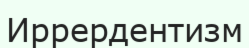
Иррердентизм